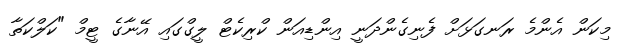
މިކަން އެންމެ ރަނގަޅަށް ފެނިގެންދަނީ އިންޑިއަން ކްރިކެޓް ލީގްގައި އޭނާގެ ޓީމް "ކަލްކަތާ